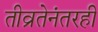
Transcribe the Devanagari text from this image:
तीव्रतेनंतरही